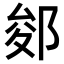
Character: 𨛐